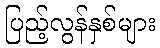
ပြည့်လွန်နှစ်များ